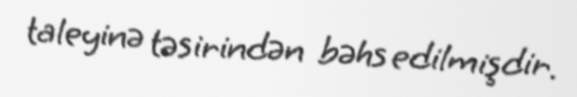
taleyinə təsirindən bəhs edilmişdir.